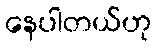
နေပါတယ်ဟု